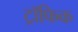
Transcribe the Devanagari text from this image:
ट्रॉफिक